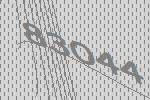
83044